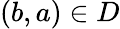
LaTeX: (b,a)\in D